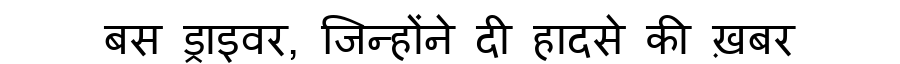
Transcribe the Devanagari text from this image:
बस ड्राइवर, जिन्होंने दी हादसे की ख़बर